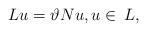
LaTeX: \begin{align*}Lu = \vartheta Nu, u\in \,L,\end{align*}